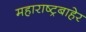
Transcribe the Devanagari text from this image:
महाराष्ट्रबाहेर